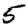
Digit: 5